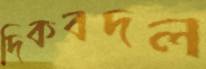
দিকবদল